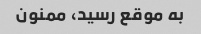
به موقع رسید، ممنون